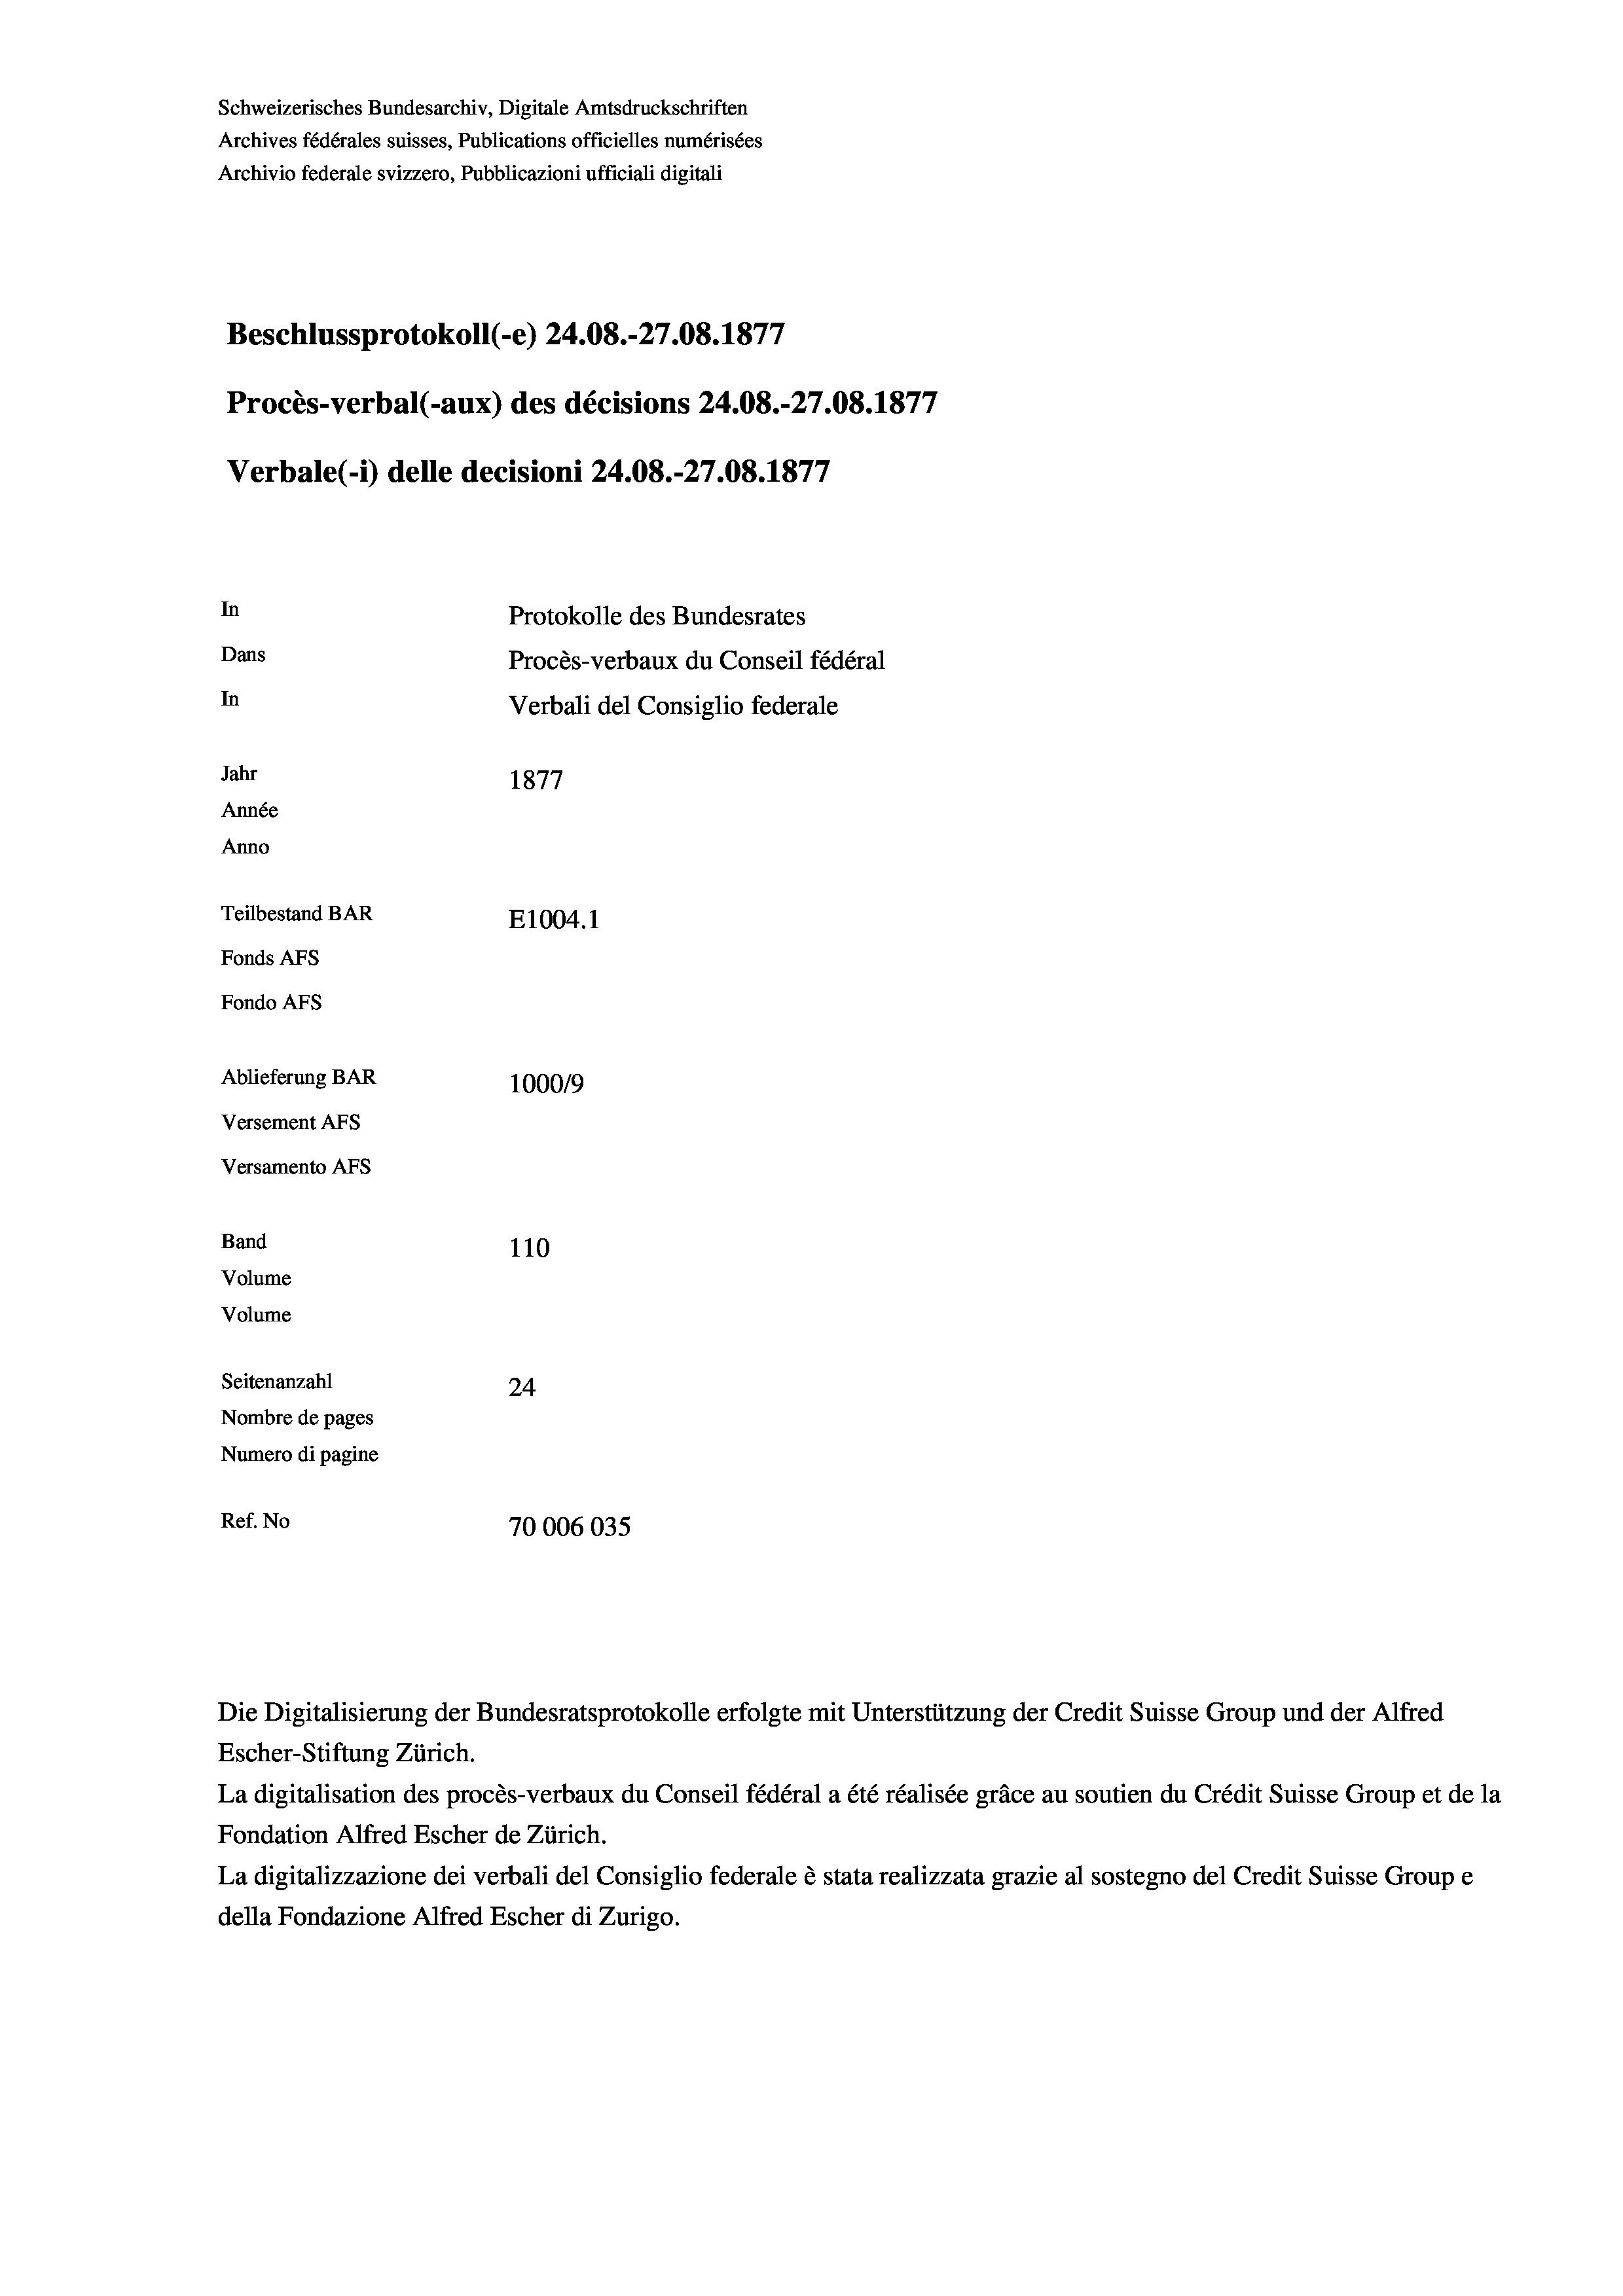
Schweizerisches Bundesarchiv, Digitale Amtsdruckschriften
Archives fédérales suisses, Publications officielles numérisées
Archivio federale svizzero, Pubblicazioni ufficiali digitali
Beschlussprotokoll (-e) 24.08.-27.08. 1877
Procès-verbal (-aux) des décisions 24.08.-27.08. 1877
Verbale (- 1) delle decisioni 24.08.-27.08. 1877
In
Protokolle des Bundesrates
Dans
Procès-verbaux du Conseil fédéral
In
Verbali del Consiglio federale
Jahr
1877
Année
Anno
Teilbestand BAR
E1004.1
Fonds Afs
Fondo AFs
Ablieferung BAR
100019
Versement AFs
Versamento AFs
Band
110
Volume
Volume
Seitenanzahl
24
Nombre de pages
Numero di pagine
Ref. No
70006035

Escher-Stiftung Zürich.
La digitalisation des procès-verbaux du Conseil fédéral a été réalisée gräce au soutien du Crédit Suisse Group et de la
Fondation Alfred Escher de Zürich.
La digitalizzazione dei verbali del Consiglio federale è stata realizzata grazie al sostegno del Credit Suisse Groupe
della Fondazione Alfred Escher di Zurigo.

Die Digitalisierung der Bundesratsprotokolle erfolgte mit Unterstützung der Credit Suisse Group und der Alfred